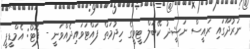
ނަރުދޫގައި ރައީސް ނަޝީދު ކޭބަލް ޓީވީގެ ހިދުމަތް ފައްޓަވައިދެއްވަނީ - ފޮޓޯ: އެމްޑީޕީ